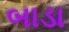
બાડા